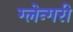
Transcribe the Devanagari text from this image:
ग्लेन्गरी